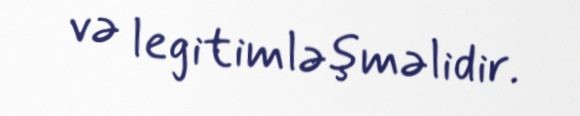
və legitimləşməlidir.